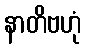
နာတိဗဟုံ